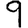
Digit: 9